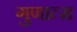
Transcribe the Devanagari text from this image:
गुणात्म